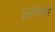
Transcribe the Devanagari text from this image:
उस्त्ताद